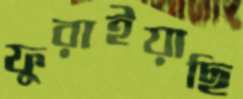
ফুরাইয়াছি